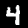
Label: 4